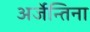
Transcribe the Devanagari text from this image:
अर्जेन्तिना